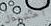
أحتمال